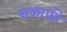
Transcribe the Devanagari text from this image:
सक़ाफ़ी